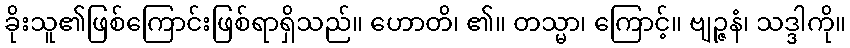
ခိုးသူ၏ဖြစ်ကြောင်းဖြစ်ရာရှိသည်။ ဟောတိ၊ ၏။ တသ္မာ၊ ကြောင့်။ ဗျဉ္ဇနံ၊ သဒ္ဒါကို။